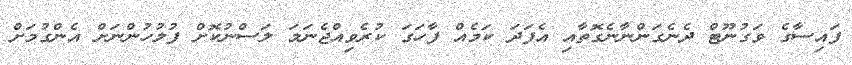
ފައިސާގެ ވަގުނޫޓް ދެނެގަންނާނެގޮތާއި އެފަދަ ކަމެއް ފާހަގަ ކުރެވިއްޖެނަމަ ލަސްނުކޮށް ފުލުހުންނަށް އެންގުމަށް